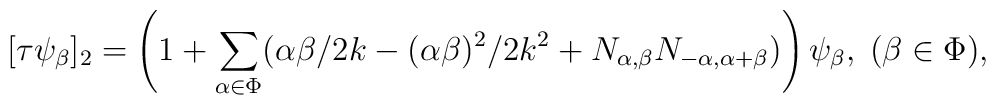
[\tau \psi _{\beta}]_2=\left(1+\sum _{\alpha \in \Phi} (\alpha\beta/2k-(\alpha\beta)^2/2k^2+N_{\alpha, \beta}N_{-\alpha,\alpha+\beta})\right)\psi _{\beta},\; (\beta \in\Phi),